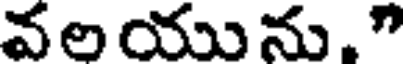
వలయును."